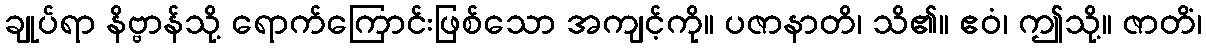
ချုပ်ရာ နိဗ္ဗာန်သို့ ရောက်ကြောင်းဖြစ်သော အကျင့်ကို။ ပဇာနာတိ၊ သိ၏။ ဧဝံ၊ ဤသို့။ ဇာတိံ၊